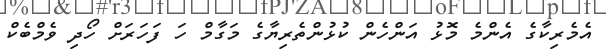
އެމެރިކާގެ އެންމެ މޮޅު އަންހެން ކުޅުންތެރިޔާގެ މަގާމް ހަ ފަހަރަށް ހޯދި ވެމްބެކް